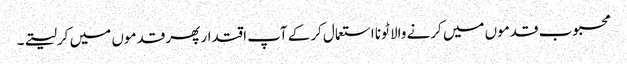
محبوب قدموں میں کرنے والا ٹونا استعمال کرکے آپ اقتدار پھر قدموں میں کرلیتے۔